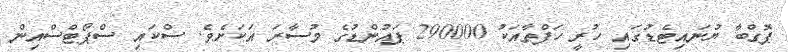
ޕޮގްބާ ޔުނައިޓެޑުގައި ހުރީ ހަފްތާއަކު 290000 ޕައުންޑުގެ މުސާރަ އަކަށެވެ. ސްކައި ސްޕޯޓްސްއިން